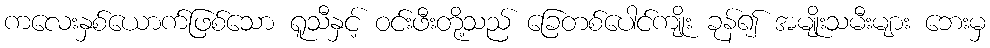
ကလေးနှစ်ယောက်ဖြစ်သော ရူသီနှင့် ဝင်းဖီးတို့သည် ခြေတစ်ပေါင်ကျိုး ခုန်၍ အမျိုးသမီးများ ဘေးမှ